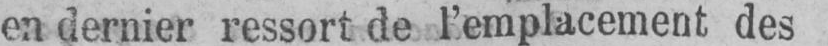
en dernier ressort de l’emplacement des